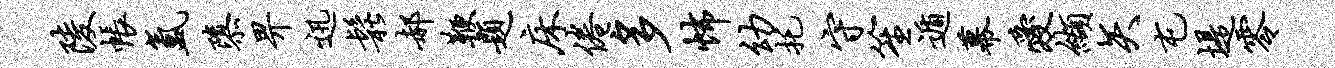
陵帐氲隳畀迅松郝鞭题床倦多怖幼托守笙遁幕爱缬矢屯堤零